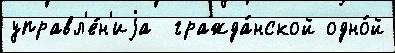
управл'е́н'иjа  гражда́нской одно́й